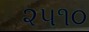
૨૫૧૦